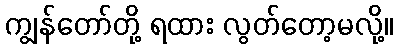
ကျွန်တော်တို့ ရထား လွတ်တော့မလို့။